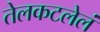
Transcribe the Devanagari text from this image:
तेलकटलेलं